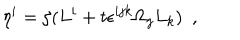
\eta ^ { i } = \zeta ( L ^ { i } + t \epsilon ^ { i j k } \Omega _ { j } L _ { k } ) \ \ ,